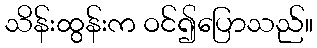
သိန်းထွန်းက ဝင်၍ပြောသည်။